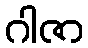
ဂါဇာ